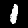
Digit: 1